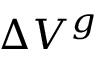
\Delta V ^ { g }